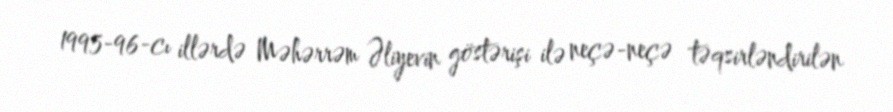
1995-96-cı illərdə Məhərrəm Əliyevin göstərişi ilə neçə-neçə təqsirləndirilən